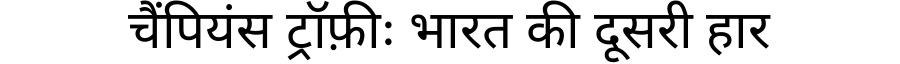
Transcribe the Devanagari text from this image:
चैंपियंस ट्रॉफ़ीः भारत की दूसरी हार